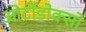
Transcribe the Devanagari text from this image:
ओर्टोडोक्सो